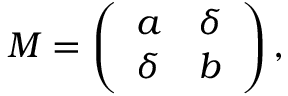
M = \left( \begin{array} { l l } { { a } } & { { \delta } } \\ { { \delta } } & { { b } } \end{array} \right) ,